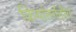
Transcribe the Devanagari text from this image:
क्रियांतर्गतीय